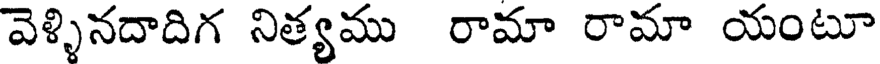
వెళ్ళినదాదిగ నిత్యము రామా రామా యంటూ